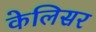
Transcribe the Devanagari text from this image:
केलिसर